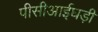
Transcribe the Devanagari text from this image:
पीसीआईघड़ी